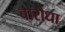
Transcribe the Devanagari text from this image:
बारौधा